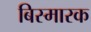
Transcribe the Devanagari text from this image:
बिस्मारक